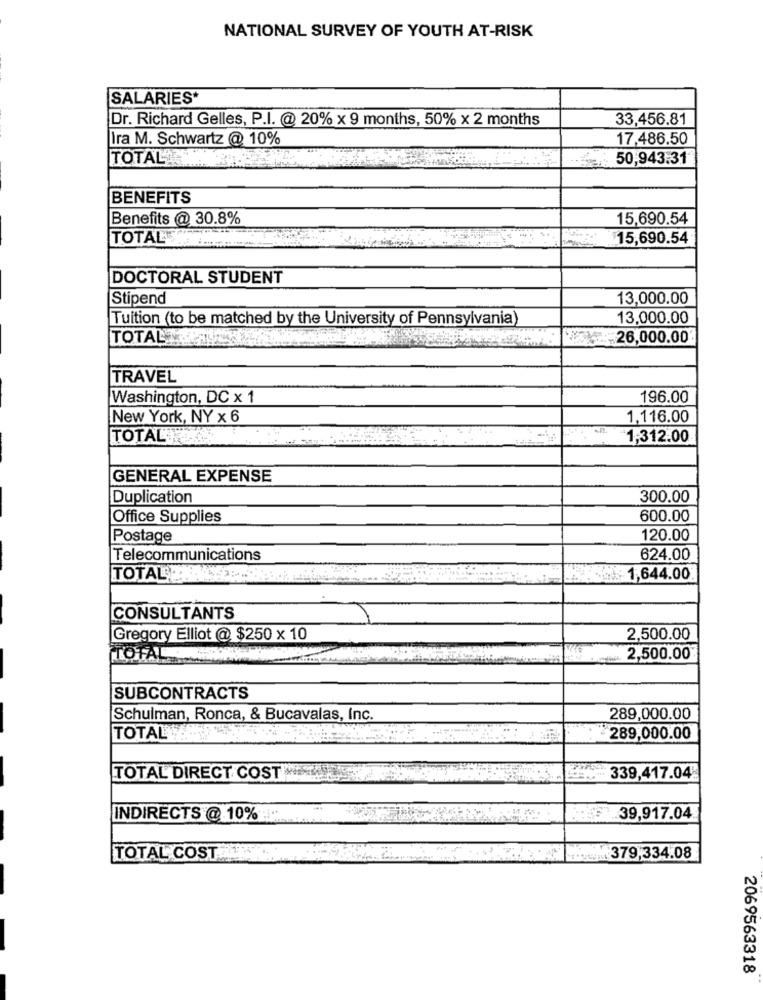
NATIONAL SURVEY OF YOUTH AT-RISK
SALARIES*
Dr. Richard Gelles, P.I. @ 20% x 9 months, 50% x 2 months
33,456.81
Ira M. Schwartz @ 10%
17,486.50
TOTAL
50,943.31
BENEFITS
Benefits @ 30.8%
15,690.54
TOTALE
$15,690.54
DOCTORAL STUDENT
Stipend
13,000.00
Tuition (to be matched by the University of Pennsylvania)
13,000.00
TOTAL
„26,000.00
TRAVEL
Washington, DC x 1
196.00
New York, NY x 6
1,116.00
TOTALT
1,312.00
GENERAL EXPENSE
Duplication
300.00
Office Supplies
600.00
Postage
120.00
Telecommunications
624.00
TOTALEN
1,644.00
CONSULTANTS
Gregory Elliot @ $250 x 10
2,500.00
TOTAL
2,500.00
SUBCONTRACTS
Schulman, Ronca, & Bucavalas, Inc.
289,000.00
TOTAL
289,000.00
TOTAL DIRECT COST
339,417.04
INDIRECTS @ 10%
39,917.04
TOTAL COST.
379,334.08
2069563318